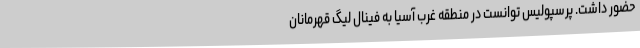
حضور داشت. پرسپولیس توانست در منطقه غرب آسیا به فینال لیگ قهرمانان